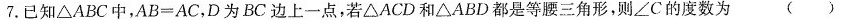
7.已知△ABC中，AB=AC，D为BC边上一点，若△ACD和△ABD都是等腰三角形，则∠C的度数为( )